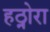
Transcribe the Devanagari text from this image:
हठ्नोरा